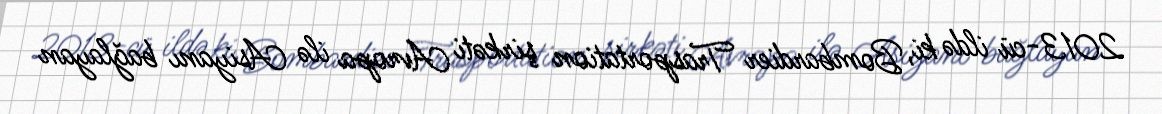
2013-cü ildə ki, Bombardier Trasportation şirkəti Avropa ilə Asiyanı bağlayan